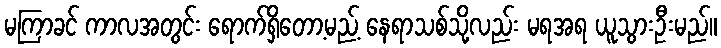
မကြာခင် ကာလအတွင်း ရောက်ရှိတော့မည့် နေရာသစ်သို့လည်း မရအရ ယူသွားဦးမည်။